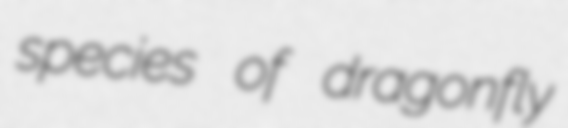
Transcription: species of dragonfly